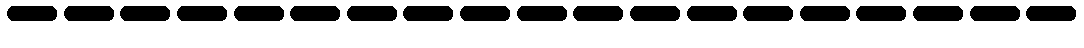
-------------------